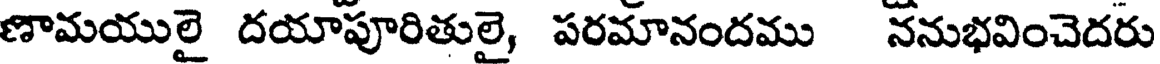
ణామయులై దయాపూరితులై, పరమానందము ననుభవించెదరు